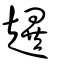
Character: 趩